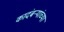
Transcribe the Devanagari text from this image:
कादंबऱ्यांच्या